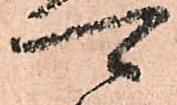
可